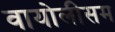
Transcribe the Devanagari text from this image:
वायोलीसम